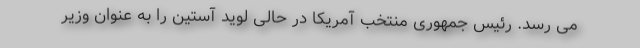
می رسد. رئیس جمهوری منتخب آمریکا در حالی لوید آستین را به عنوان وزیر